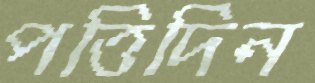
পত্তিদিন